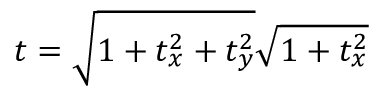
t = \sqrt { 1 + t _ { x } ^ { 2 } + t _ { y } ^ { 2 } } \sqrt { 1 + t _ { x } ^ { 2 } }